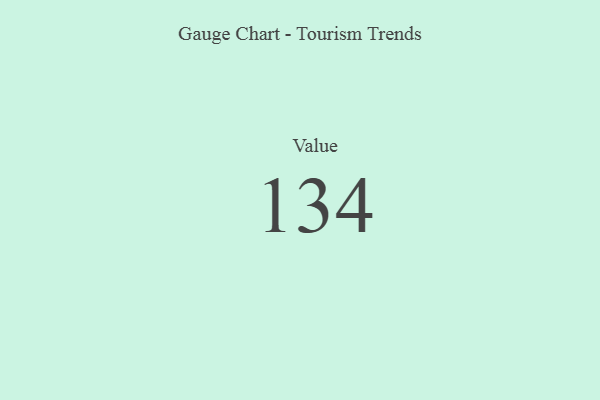
{"axis": {"x": "Metric", "y": "Value"}, "legend": [""], "data": [{"x": "Value", "y": 134, "type": ""}]}